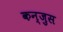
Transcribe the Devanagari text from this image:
कन्जुस